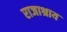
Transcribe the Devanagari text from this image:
राजाश्राय